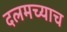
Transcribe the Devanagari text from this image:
दलमच्याच